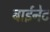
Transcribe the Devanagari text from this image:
बाईनेट